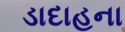
ડાદાહના